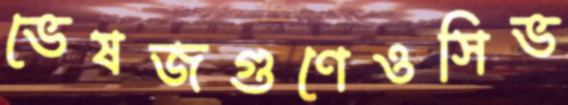
ভেষজগুণেওসিভ